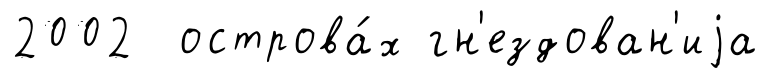
2002 острова́х гн'ездован'иjа